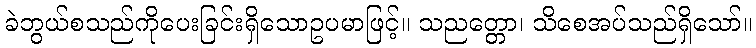
ခဲဘွယ်စသည်ကိုပေးခြင်းရှိသောဥပမာဖြင့်။ သညတ္တော၊ သိစေအပ်သည်ရှိသော်။